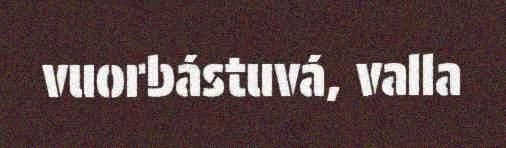
vuorbástuvá, valla